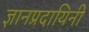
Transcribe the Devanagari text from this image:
ज्ञानप्रदायिनी